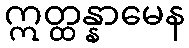
ဣတ္ထန္နာမေန